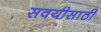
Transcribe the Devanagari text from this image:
सवयीसाठी